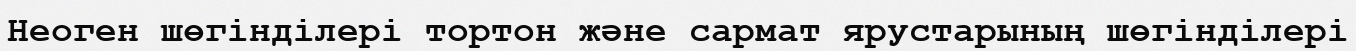
Неоген шөгінділері тортон және сармат ярустарының шөгінділері